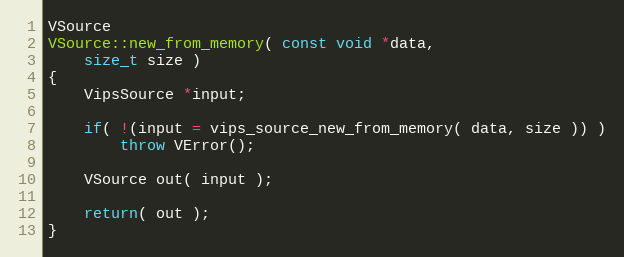
Language: C++
VSource
VSource::new_from_memory( const void *data,
	size_t size )
{
	VipsSource *input;

	if( !(input = vips_source_new_from_memory( data, size )) )
		throw VError();

	VSource out( input );

	return( out );
}